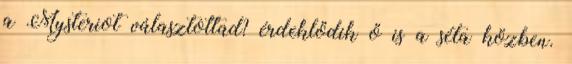
a Mysteriot választottad? érdeklődik ő is a séta közben.